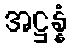
အဋ္ဌန္နံ